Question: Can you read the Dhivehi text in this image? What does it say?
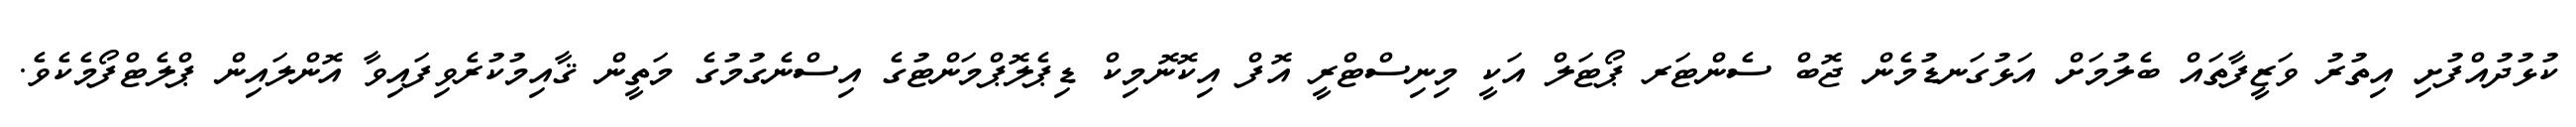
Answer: ކުޅުދުއްފުށި އިތުރު ވަޒީފާތައް ބެލުމަށް އަޅުގަނޑުމެން ޖޮބް ސެންޓަރ ޕޯޓަލް އަކީ މިނިސްޓްރީ އޮފް އިކޮނޮމިކް ޑިޕެލޮޕްމަންޓުގެ އިސްނެގުމުގެ މަތީން ޤާއިމުކުރެވިފައިވާ އޮންލައިން ޕްލެޓްފޯމެކެވެ.